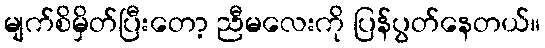
မျက်စိမှိတ်ပြီးတော့ ညီမလေးကို ပြန်ပွတ်နေတယ်။